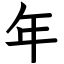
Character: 年